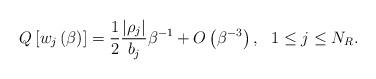
LaTeX: \begin{align*}Q\left[ w_{j}\left( \beta\right) \right] =\frac{1}{2}\frac{\left\vert \rho_{j}\right\vert }{b_{j}}\beta^{-1}+O\left(\beta^{-3}\right) ,\ \ 1\leq j\leq N_{R}. \end{align*}